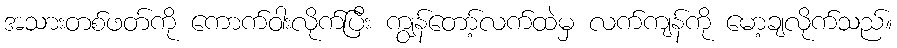
အသားတစ်ဖတ်ကို ကောက်ဝါးလိုက်ပြီး ကျွန်တော့်လက်ထဲမှ လက်ကျန်ကို မော့ချလိုက်သည်။